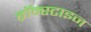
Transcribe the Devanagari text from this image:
ब्रॉन्स्टाइन